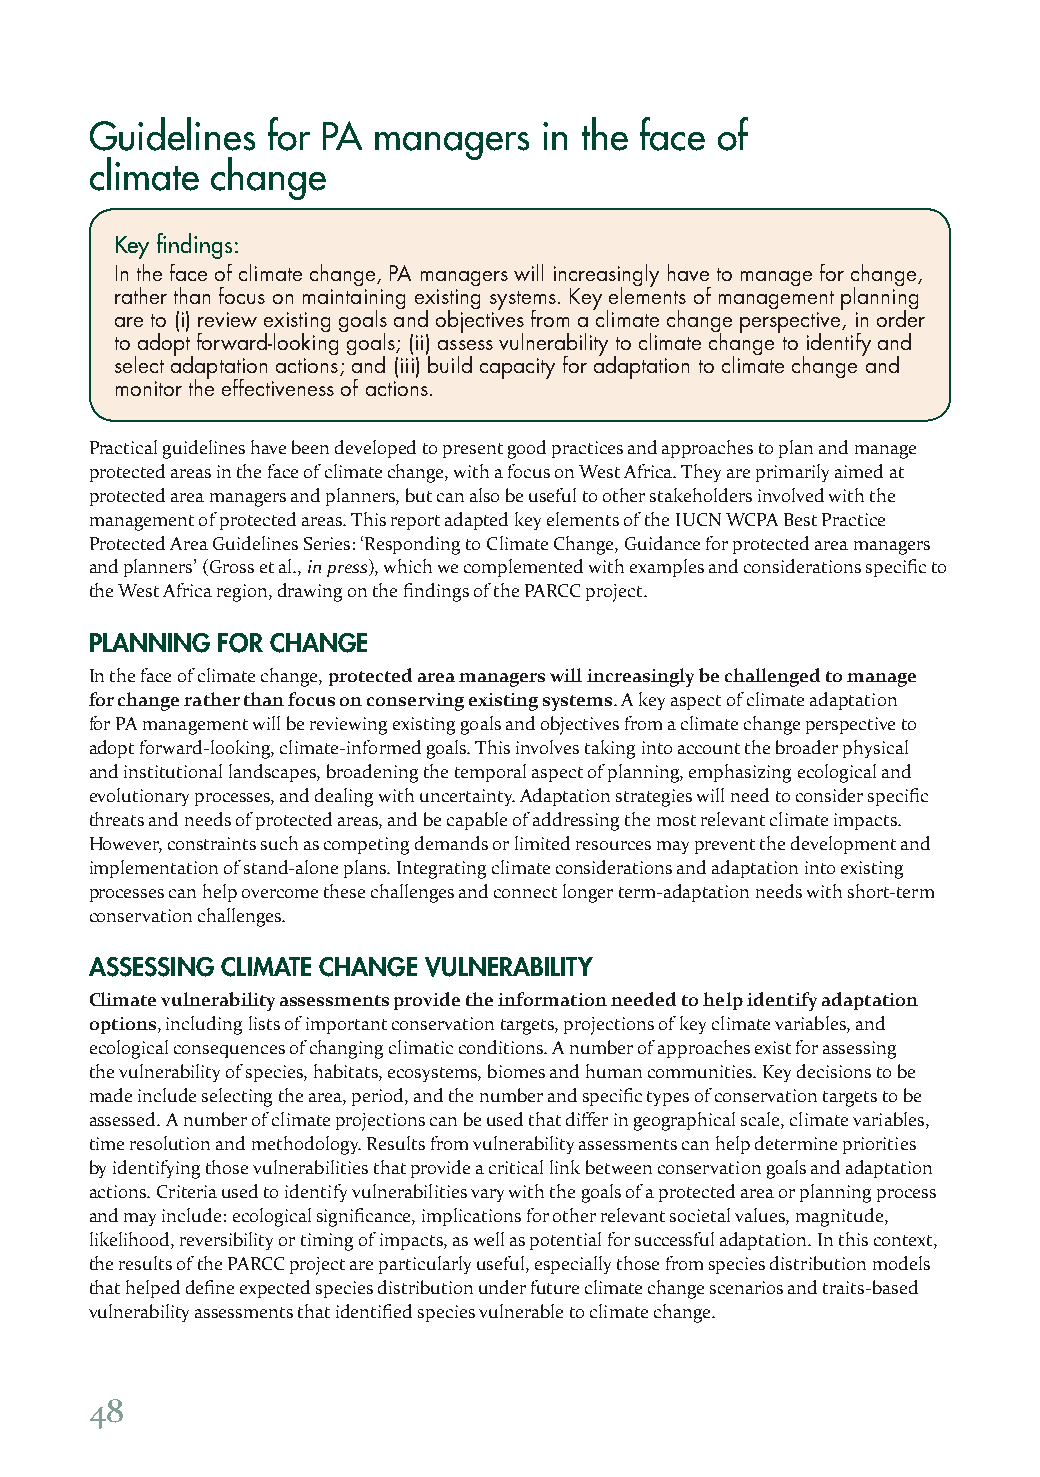
Guidelines  for PA managers   in the face of
 climate change
 Key findings:
 In the face of climate change, PA managers will increasingly have to manage for change,
 rather than focus on maintaining existing systems. Key elements of management planning
 are to (i) review existing goals and objectives from a climate change perspective, in order
 to adopt forward-looking goals; (ii) assess vulnerability to climate change to identify and
 select adaptation actions; and (iii) build capacity for adaptation to climate change and
 monitor the effectiveness of actions.
 Practical guidelines have been developed to present good practices and approaches to plan and manage
 protected areas in the face of climate change, with a focus on West Africa. They are primarily aimed at
 protected area managers and planners, but can also be useful to other stakeholders involved with the
 management of protected areas. This report adapted key elements of the IUCN WCPA Best Practice
 Protected Area Guidelines Series: ‘Responding to Climate Change, Guidance for protected area managers
 and planners’ (Gross et al., in press), which we complemented with examples and considerations specific to
 the West Africa region, drawing on the findings of the PARCC project.
 PLANNING FOR CHANGE
 In the face of climate change, protected area managers will increasingly be challenged to manage
 for change rather than focus on conserving existing systems. A key aspect of climate adaptation
 for PA management will be reviewing existing goals and objectives from a climate change perspective to
 adopt forward-looking, climate-informed goals. This involves taking into account the broader physical
 and institutional landscapes, broadening the temporal aspect of planning, emphasizing ecological and
 evolutionary processes, and dealing with uncertainty. Adaptation strategies will need to consider specific
 threats and needs of protected areas, and be capable of addressing the most relevant climate impacts.
 However, constraints such as competing demands or limited resources may prevent the development and
 implementation of stand-alone plans. Integrating climate considerations and adaptation into existing
 processes can help overcome these challenges and connect longer term-adaptation needs with short-term
 conservation challenges.
 ASSESSING CLIMATE CHANGE VULNERABILITY
 Climate vulnerability assessments provide the information needed to help identify adaptation
 options, including lists of important conservation targets, projections of key climate variables, and
 ecological consequences of changing climatic conditions. A number of approaches exist for assessing
 the vulnerability of species, habitats, ecosystems, biomes and human communities. Key decisions to be
 made include selecting the area, period, and the number and specific types of conservation targets to be
 assessed. A number of climate projections can be used that differ in geographical scale, climate variables,
 time resolution and methodology. Results from vulnerability assessments can help determine priorities
 by identifying those vulnerabilities that provide a critical link between conservation goals and adaptation
 actions. Criteria used to identify vulnerabilities vary with the goals of a protected area or planning process
 and may include: ecological significance, implications for other relevant societal values, magnitude,
 likelihood, reversibility or timing of impacts, as well as potential for successful adaptation. In this context,
 the results of the PARCC project are particularly useful, especially those from species distribution models
 that helped define expected species distribution under future climate change scenarios and traits-based
 vulnerability assessments that identified species vulnerable to climate change.
 48